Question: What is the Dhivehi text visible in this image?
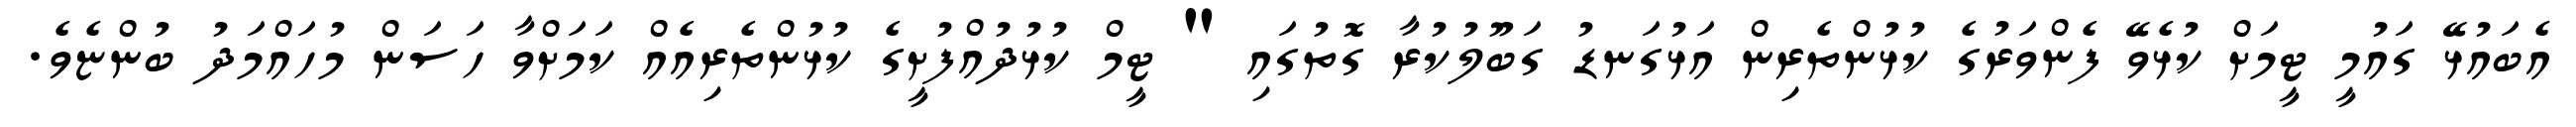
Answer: އެބައުޅޭ ގައުމީ ޓީމަށް ކުޅެވޭ ފެންވަރުގެ ކުޅުންތެރިން އަޅުގަނޑު ގަބޫލުކުރާ ގޮތުގައި " ޓީމް ކުޅުދުއްފުށީގެ ކުޅުންތެރިއެއް ކަމަށްވާ ހަސަން މުހައްމަދު ބުންޏެވެ.